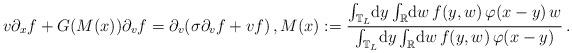
LaTeX: \begin{align*}v \partial_x f + G(M(x)) \partial_v f = \partial_v(\sigma\partial_v f + vf)\,, M(x) := \frac{\int_{\mathbb{T}_L}\!\mathrm{d} y \int_{\mathbb{R}}\!\mathrm{d} w\, f(y,w)\,\varphi(x-y)\, w}{\int_{\mathbb{T}_L}\!\mathrm{d} y \int_{\mathbb{R}}\!\mathrm{d} w\, f(y,w)\,\varphi(x-y)}\,.\end{align*}